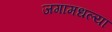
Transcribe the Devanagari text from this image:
जगामधल्या